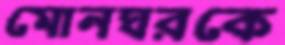
মোনঘরকে